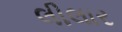
લીલાર